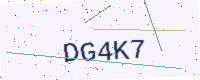
Text: DG4K7